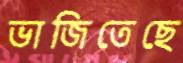
ভাজিতেছে